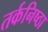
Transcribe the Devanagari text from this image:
तर्कनिष्ठा